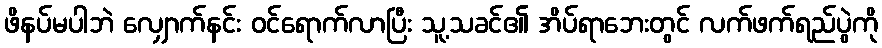
ဖိနပ်မပါဘဲ လျှောက်နင်း ဝင်ရောက်လာပြီး သူ့သခင်၏ အိပ်ရာဘေးတွင် လက်ဖက်ရည်ပွဲကို